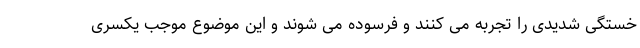
خستگی شدیدی را تجربه می کنند و فرسوده می شوند و این موضوع موجب یکسری